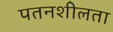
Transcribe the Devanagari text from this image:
पतनशीलता